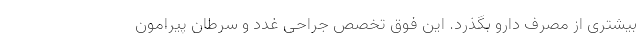
بیشتری از مصرف دارو بگذرد. این فوق تخصص جراحی غدد و سرطان پیرامون